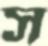
স